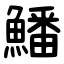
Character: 鱕